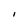
Character: I